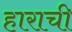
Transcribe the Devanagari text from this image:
हाराची